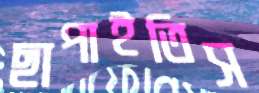
ছাপাইতিস